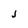
Character: j